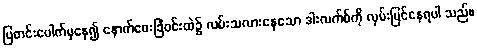
ပြတင်းပေါက်မှနေ၍ နောက်ဖေးခြံဝင်းထဲ၌ လမ်းသလားနေသော ဒါးလက်စ်ကို လှမ်းမြင်နေရပါ သည်။